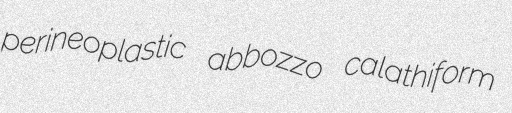
perineoplastic abbozzo calathiform